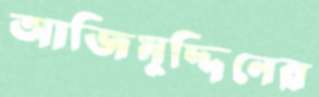
আজিমুদ্দিনের